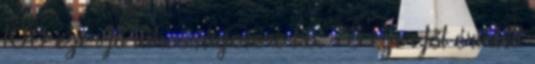
100 ezer fő lakosságcsere kb. 73 ezer főt érintett